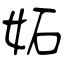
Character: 妬